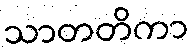
သာတတိကာ